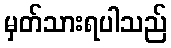
မှတ်သားရပါသည်